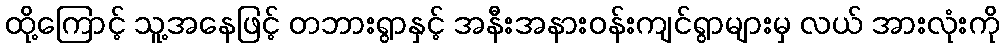
ထို့ကြောင့် သူ့အနေဖြင့် တဘားရွာနှင့် အနီးအနားဝန်းကျင်ရွာများမှ လယ် အားလုံးကို